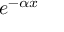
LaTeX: e ^ { - \alpha x }